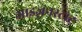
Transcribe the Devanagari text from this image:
आइज़नस्टाट